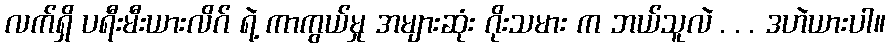
လက်ရှိ ပရီးမီးယားလိဂ် ရဲ့ ကာကွယ်မှု အများဆုံး ဂိုးသမား က ဘယ်သူလဲ . . . ဒဟဲယားပါ။